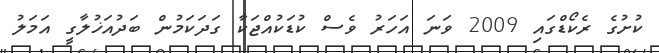
ކުށުގެ ރެކޯޑްގައި 2009 ވަނަ އަހަރު ވެސް ކުޑަކުއްޖަކާ ގަދަކަމުން ބަދުއަޚުލާގީ އަމަލު